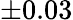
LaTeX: \pm 0.03